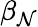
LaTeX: \beta_{\mathcal{N}}